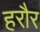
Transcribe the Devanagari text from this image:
हरौर